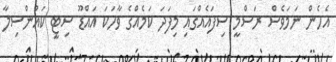
އެހެން ނަަމަވެސް ރަސްމީ ސިފައެއްގައި މިފަދަ ކަމެއްގެ ވާހަކަ އައްޑޫ ސިޓީ ކައުންސިލާ